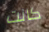
كانت